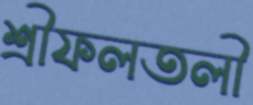
শ্রীফলতলী